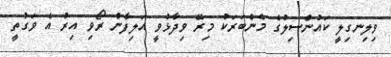
ވިލިނގިލީ ކައުންސިލުގެ މެންބަރަކު މިރޭ ވިދާޅުވީ އަލިފާން ރޯވި އިރު އެ ވަގުތީ